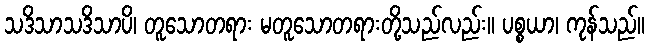
သဒိသာသဒိသာပိ၊ တူသောတရား မတူသောတရားတို့သည်လည်း။ ပစ္စယာ၊ ကုန်သည်။